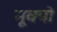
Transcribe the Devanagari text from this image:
नूक्पो